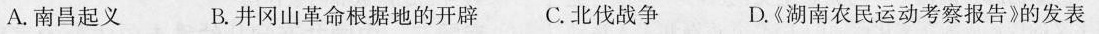
A.南昌起义 B.井冈山革命根据地的开辟C.北伐战争 D.《湖南农民运动考察报告》的发表